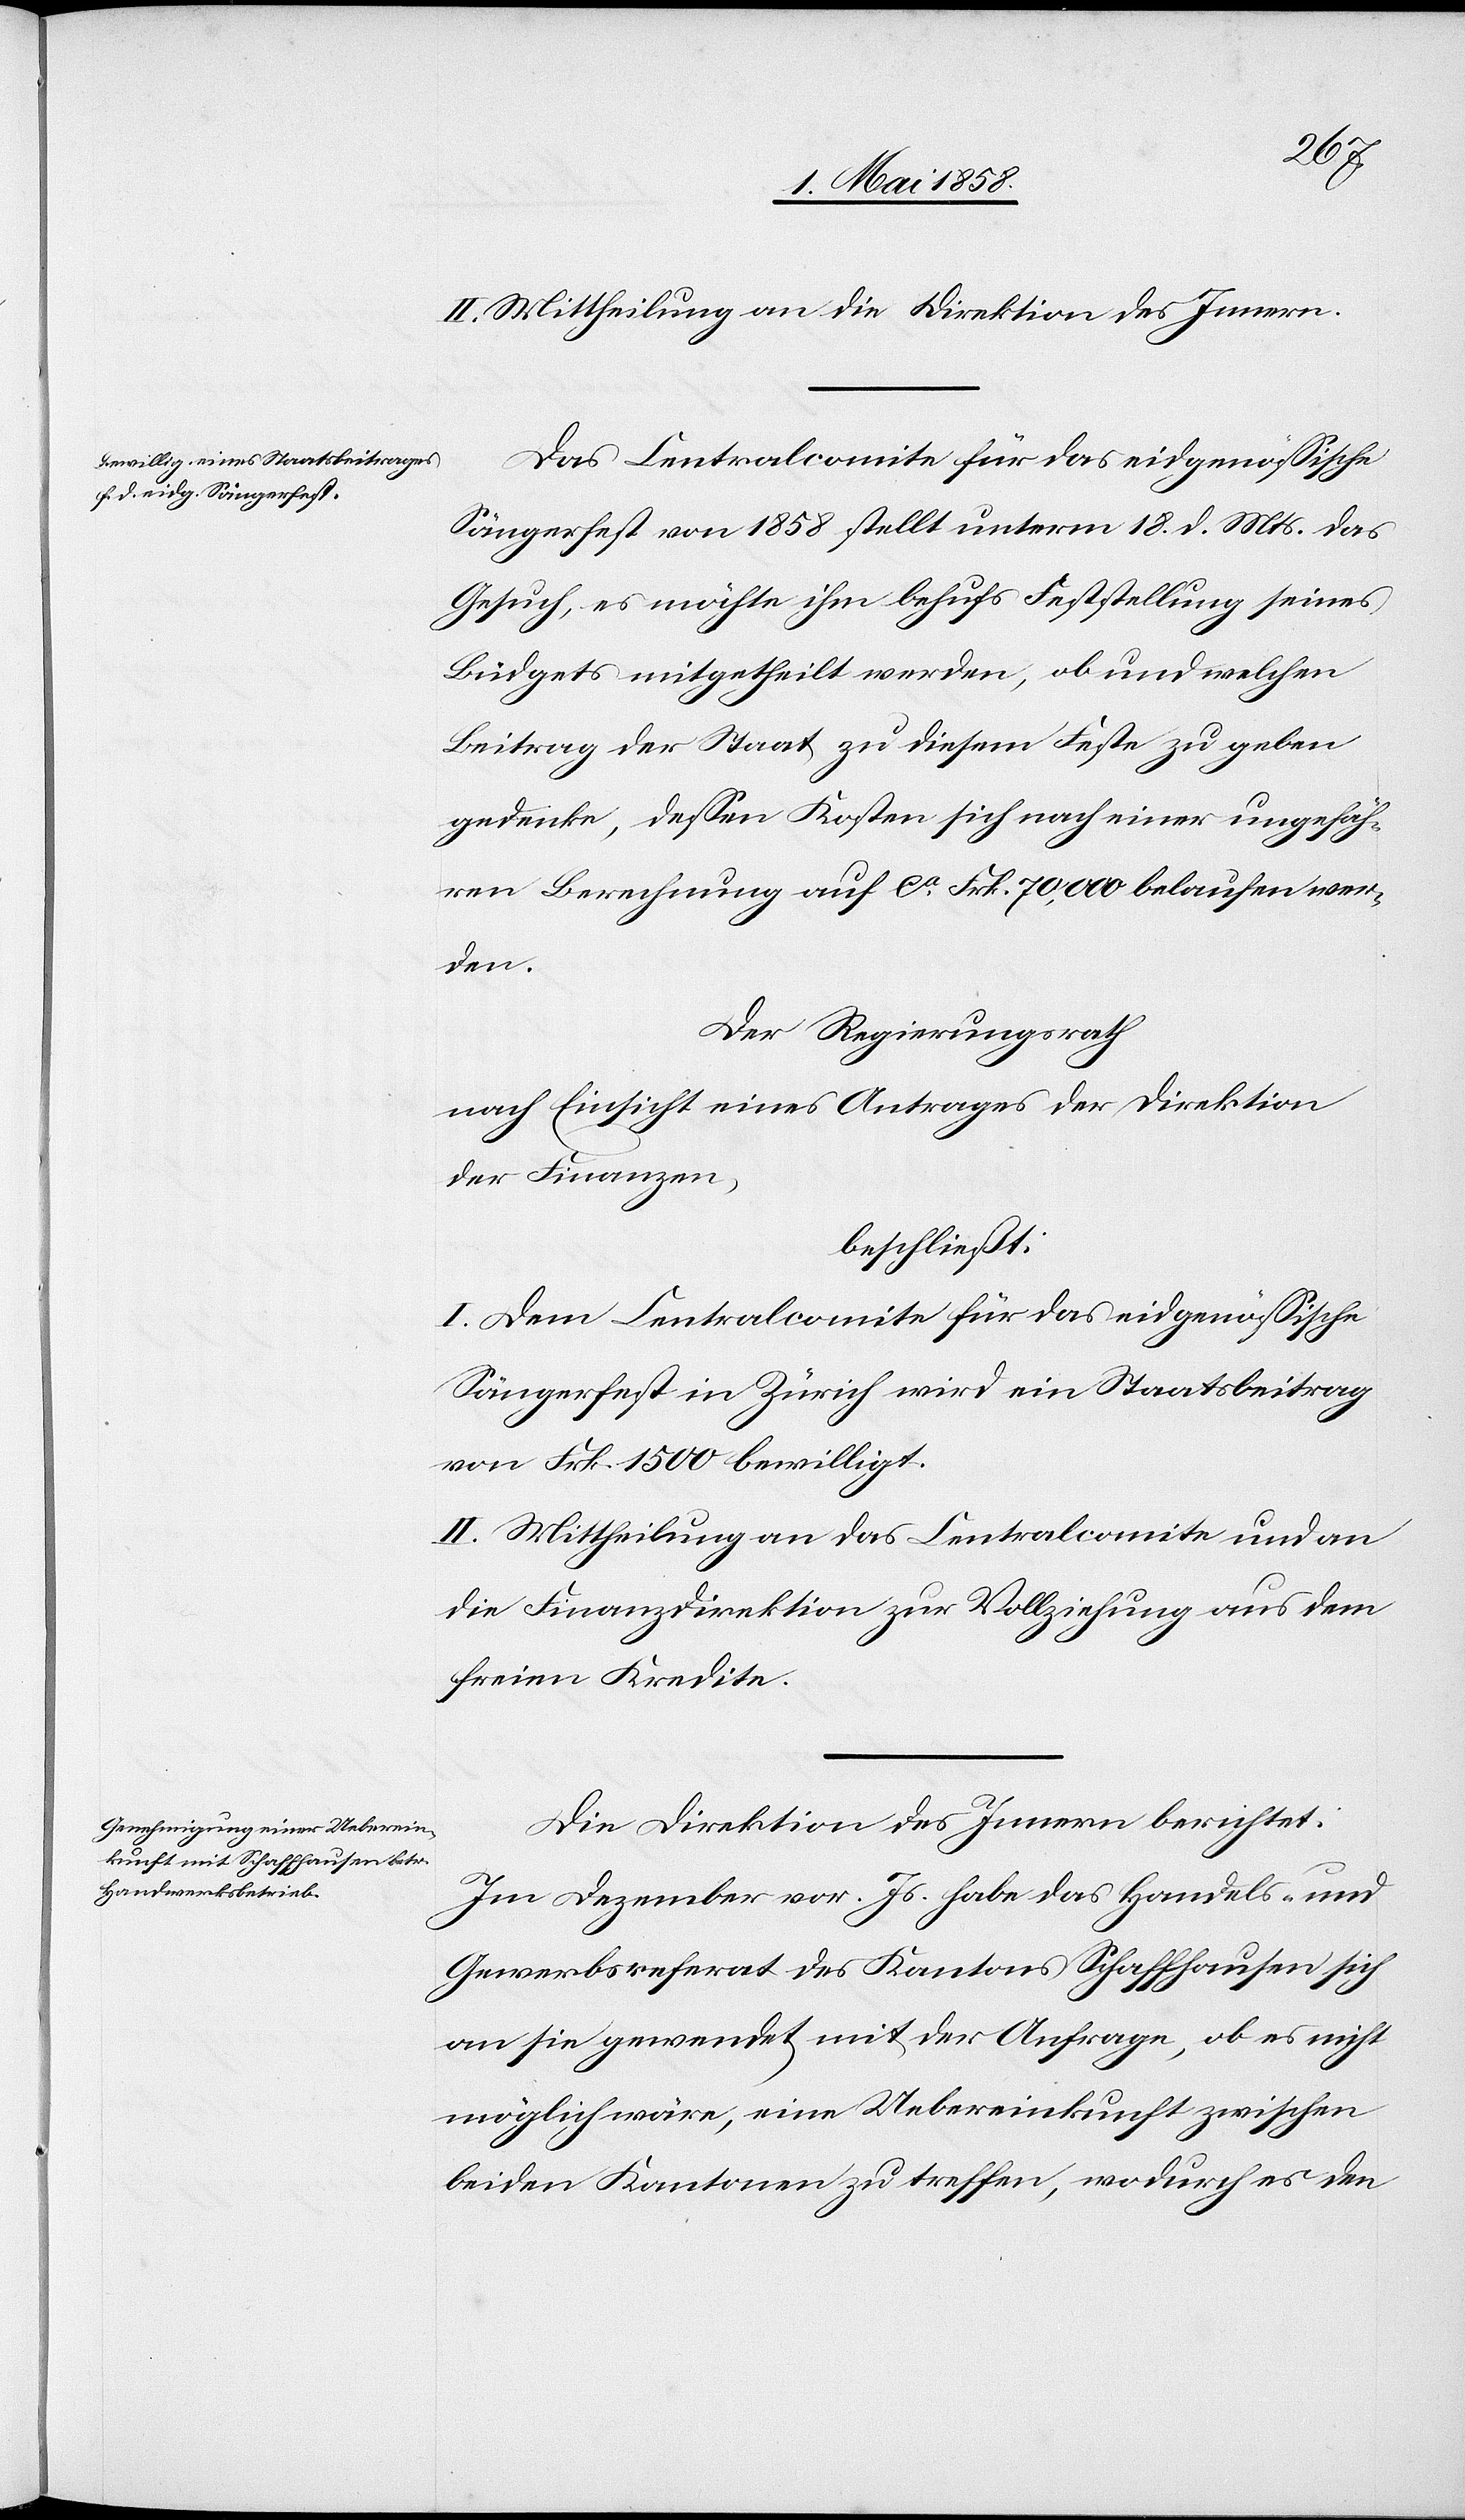
II. Mittheilung an die Direktion des Innern.
Das Centralcomite für das eidgenössische
Sängerfest von 1858 stellt unterm 18. d. Mts. das
Gesuch, es möchte ihm behufs Feststellung seines
Büdgets mitgetheilt werden, ob und welchen
Beitrag der Staat zu diesem Feste zu geben
gedenke, dessen Kosten sich nach einer ungefäh¬
ren Berechnung auf ca Frk. 70,000 belaufen wer¬
den.
Der Regierungsrath
nach Einsicht eines Antrages der Direktion
der Finanzen,
beschließt:
I. Dem Centralcomite für das eidgenössische
Sängerfest in Zürich wird ein Staatsbeitrag
von Frk. 1500 bewilligt.
II. Mittheilung an das Centralcomite und an
die Finanzdirektion zur Vollziehung aus dem
freien Kredite.
Die Direktion des Innern berichtet:
Im Dezember vor. Js. habe das Handels- und
Gewerbsreferat des Kantons Schaffhausen sich
an sie gewendet mit der Anfrage, ob es nicht
möglich wäre, eine Uebereinkunft zwischen
beiden Kantonen zu treffen, wodurch es den